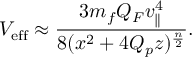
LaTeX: V _ { \mathrm { e f f } } \approx { \frac { 3 m _ { f } Q _ { F } v _ { \parallel } ^ { 4 } } { 8 ( x ^ { 2 } + 4 Q _ { p } z ) ^ { \frac { n } { 2 } } } } .